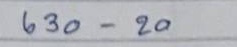
630 - 20